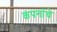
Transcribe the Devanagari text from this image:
कंपनांचे